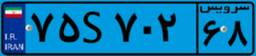
۷۵S۷۰۲۶۸